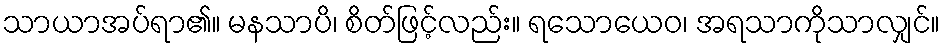
သာယာအပ်ရာ၏။ မနသာပိ၊ စိတ်ဖြင့်လည်း။ ရသောယေဝ၊ အရသာကိုသာလျှင်။